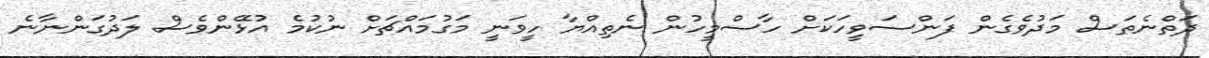
ދަތްނެތަސް މަދުވެގެން ފަންސަވީހަކަށް ހާސްމީހުން ނެތިއްޔާ ހީވަނީ މަގުމައްޗަށް ނުކުމެ އުޅޭންވެސް ލަދުގަންނާނެ